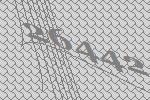
26442